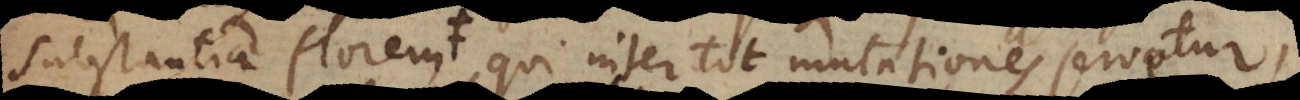
substantiae florem, qui inter tot mutationes servetur,